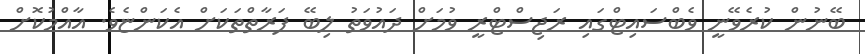
ބޭނުން ކުރެވޭނީ ވެބްސައިޓްގައި ރަޖިސްޓްރީ ވުމަށް ދައުވަތު ލިބޭ ފަރާތްތަކަށް އެކަންޏެވެ. އާއްމުކޮށް